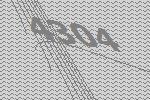
4304